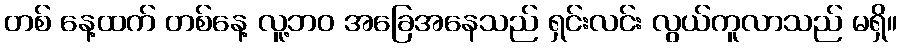
တစ် နေ့ထက် တစ်နေ့ လူ့ဘဝ အခြေအနေသည် ရှင်းလင်း လွယ်ကူလာသည် မရှိ။